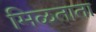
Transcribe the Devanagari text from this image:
मिळताता